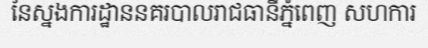
នៃស្នងការដ្ឋាននគរបាលរាជធានីភ្នំពេញ សហការ